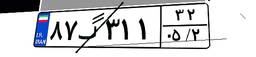
۸۷گ۳۱۱۳۲